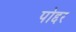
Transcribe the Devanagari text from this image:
पोद्दर